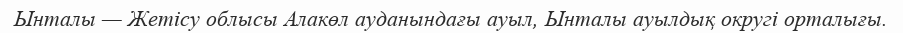
Ынталы — Жетісу облысы Алакөл ауданындағы ауыл, Ынталы ауылдық округі орталығы.